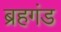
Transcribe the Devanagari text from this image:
ब्रहगंड